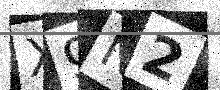
Text: X9N2